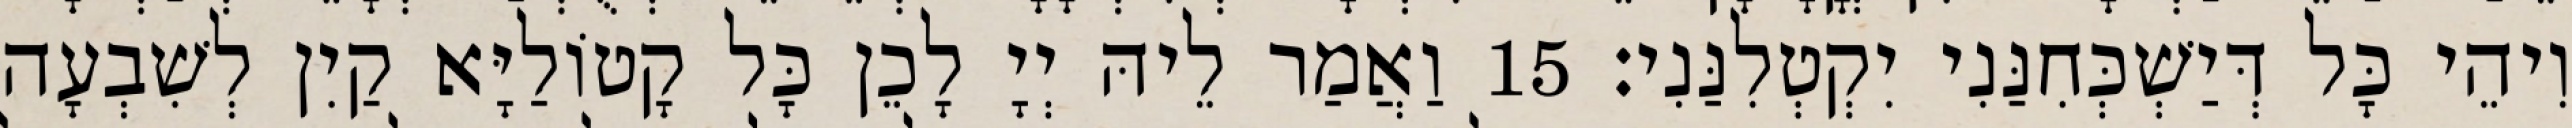
וִיהֵי כָּל דְּיַשְׁכְּחִנַּנִי יִקְטְלִנַּנִי׃ 15 וַאֲמַר לֵיהּ יְיָ לָכֵן כָּל קָטוֹלַיָּא קַיִן לְשִׁבְעָה